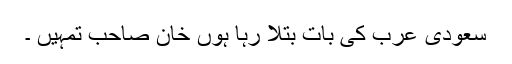
سعودی عرب کی بات بتلا رہا ہوں خان صاحب تمہیں ۔